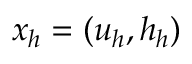
\boldsymbol { x } _ { h } = ( \boldsymbol { u } _ { h } , h _ { h } )